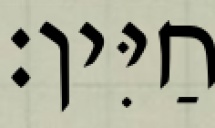
חַיִּין׃